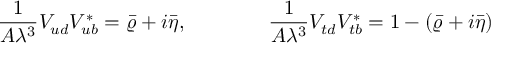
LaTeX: \frac { 1 } { A \lambda ^ { 3 } } V _ { u d } ^ { } V _ { u b } ^ { * } = \bar { \varrho } + i \bar { \eta } , \qquad \qquad \frac { 1 } { A \lambda ^ { 3 } } V _ { t d } ^ { } V _ { t b } ^ { * } = 1 - ( \bar { \varrho } + i \bar { \eta } )